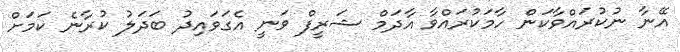
އޭނާ ނުކުރައްވާކަން ހާމަކުރައްވާ އާދަމް ޝަރީފް ވަނީ އެގަވައިދު ބަދަލު ކުރާނެ ކަމަށް